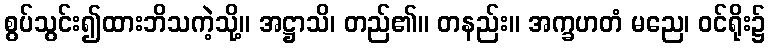
စွပ်သွင်း၍ထားဘိသကဲ့သို့။ အဋ္ဌာသိ၊ တည်၏။ တနည်း။ အက္ခဟတံ မညေ၊ ဝင်ရိုး၌